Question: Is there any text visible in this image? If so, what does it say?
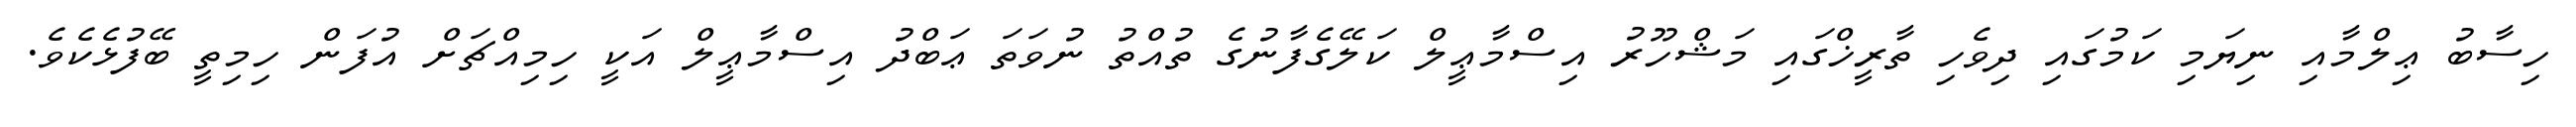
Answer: ހިސާބު ޢިލްމާއި ނިޔަމި ކަމުގައި ދިވެހި ތާރީޚްގައި މަޝްހޫރު އިސްމާޢީލް ކަލޭގެފާނުގެ ތުއްތު ނުވަތަ ޢަބްދު އިސްމާޢީލް އަކީ ހިމިއްޗަށް އުފަން ހިމިތީ ބޭފުޅެކެވެ.